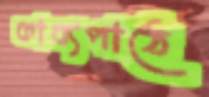
কাব্যপাঠে